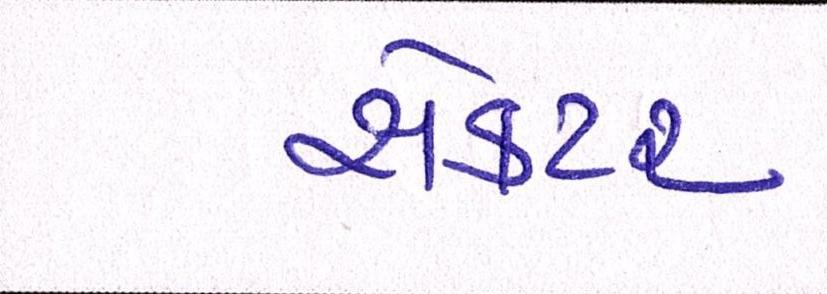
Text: સેકટર